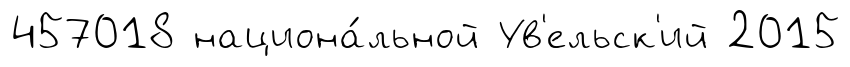
457018 национа́льной Ув'ельск'ий 2015